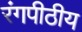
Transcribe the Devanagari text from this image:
रंगपीठीय